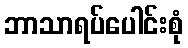
ဘာသာရပ်ပေါင်းစုံ